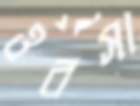
ওরসা